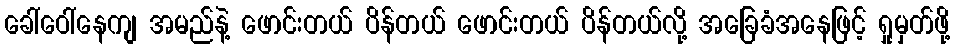
ခေါ်ဝေါ်နေကျ အမည်နဲ့ ဖောင်းတယ် ပိန်တယ် ဖောင်းတယ် ပိန်တယ်လို့ အခြေခံအနေဖြင့် ရှုမှတ်ဖို့